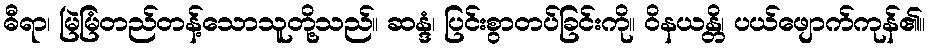
ဓီရာ၊ မြဲမြံတည်တန့်သောသူတို့သည်။ ဆန္ဒံ၊ ပြင်းစွာတပ်ခြင်းကို။ ဝိနယန္တိ၊ ပယ်ဖျောက်ကုန်၏။